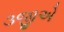
૩જીએ